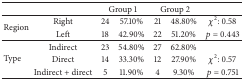
|  |  | <COLSPAN=2> Group 1 | <COLSPAN=2> Group 2 |  |
 | --- | --- | --- | --- | --- | --- | --- |
 | <ROWSPAN=2> Region | Right | 24 | 57.10% | 21 | 48.80% | χ2: 0.58 |
 | Left | 18 | 42.90% | 22 | 51.20% | p = 0.443 |
 | <ROWSPAN=3> Type | Indirect | 23 | 54.80% | 27 | 62.80% |  |
 | Direct | 14 | 33.30% | 12 | 27.90% | χ2: 0.57 |
 | Indirect + direct | 5 | 11.90% | 4 | 9.30% | p = 0.751 |